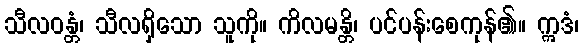
သီလဝန္တံ၊ သီလရှိသော သူကို။ ကိလမန္တိ၊ ပင်ပန်းစေကုန်၏။ ဣဒံ၊